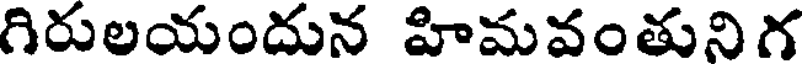
గిరులయందున హిమవంతునిగ